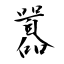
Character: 囂